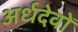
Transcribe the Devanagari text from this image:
अर्धदेवों